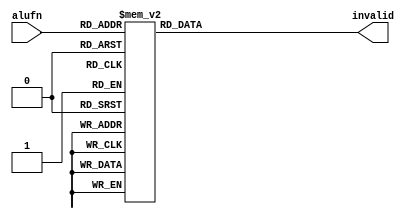
module alufn_checker_6 (
    input [5:0] alufn,
    output reg invalid
  );
  
  
  
  always @* begin
    
    case (alufn)
      6'h00: begin
        invalid = 1'h0;
      end
      6'h01: begin
        invalid = 1'h0;
      end
      6'h18: begin
        invalid = 1'h0;
      end
      6'h1e: begin
        invalid = 1'h0;
      end
      6'h16: begin
        invalid = 1'h0;
      end
      6'h1a: begin
        invalid = 1'h0;
      end
      6'h20: begin
        invalid = 1'h0;
      end
      6'h21: begin
        invalid = 1'h0;
      end
      6'h23: begin
        invalid = 1'h0;
      end
      6'h33: begin
        invalid = 1'h0;
      end
      6'h35: begin
        invalid = 1'h0;
      end
      6'h37: begin
        invalid = 1'h0;
      end
      6'h02: begin
        invalid = 1'h0;
      end
      default: begin
        invalid = 1'h1;
      end
    endcase
  end
endmodule